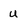
Character: u